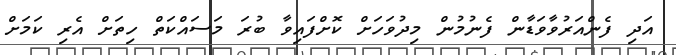
އަދި ފެންއަރުވާވަޑާން ފެނުމުން މިދުވަހަށް ކޮށްފައިވާ ބުރަ މަސައްކަތް ހިތަށް އެރި ކަމަށް